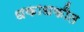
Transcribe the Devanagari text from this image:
धकाधकीत